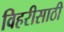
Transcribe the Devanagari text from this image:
विहरीसाठी